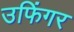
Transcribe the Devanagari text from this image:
उफिंगर